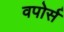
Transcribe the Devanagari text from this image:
वपोर्स